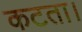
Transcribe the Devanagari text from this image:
कटता।